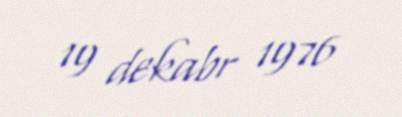
19 dekabr 1976